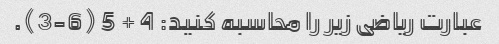
عبارت ریاضی زیر را محاسبه کنید: 4 + 5 (6-3).